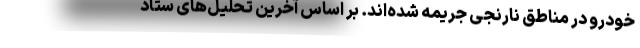
خودرو در مناطق نارنجی جریمه شده‌اند. بر اساس آخرین تحلیل‌های ستاد